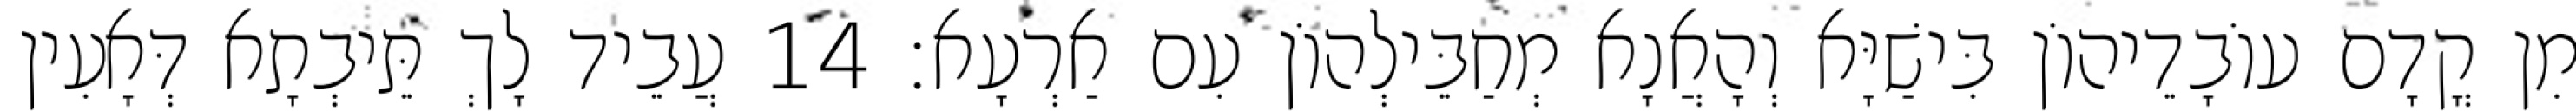
מִן קֳדָם עוֹבָדֵיהוֹן בִּישַׁיָּא וְהָאֲנָא מְחַבֵּילְהוֹן עִם אַרְעָא׃ 14 עֲבֵיד לָךְ תֵּיבְתָא דְּאָעִין